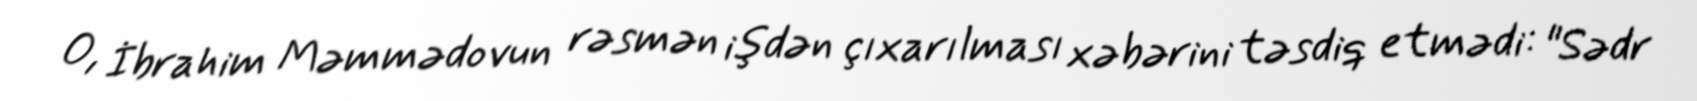
O, İbrahim Məmmədovun rəsmən işdən çıxarılması xəbərini təsdiq etmədi: "Sədr